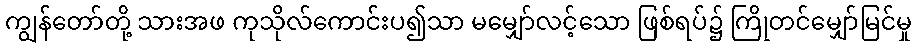
ကျွန်တော်တို့ သားအဖ ကုသိုလ်ကောင်းပ၍သာ မမျှော်လင့်သော ဖြစ်ရပ်၌ ကြိုတင်မျှော်မြင်မှု